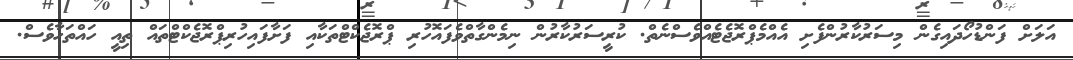
އަލަށް ފަންޑުހޯދައިގެން މިސަރުކާރުންފެށި އެއްމެޕްރޮޖެޓެއްވެސްނެތް. ކުރީސަރުކާރުން ނިމެންގާތްވެފައޮހުރި ޕްރޮޖެކްޓްތަކާއި ފަށާފައިހުރިޕްރޮޖެކްޓްތައް ތިއީ ހައްތަހާވެސް.